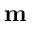
\mathbf { m }